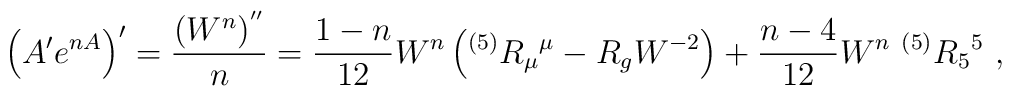
\left  ( A' e^{n A}\right) ' = {(W^n)^{''}\over n}= {1-n\over 12} W^n\left(^{(5)} R_\mu {}^\mu- R_g W^{-2}\right) +{n-4 \over 12} W^n ~^{(5)} R_5{}^5 ~,